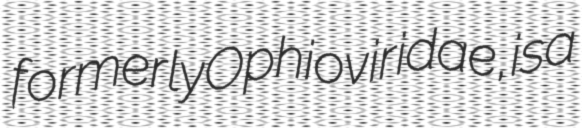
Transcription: formerly Ophioviridae, is a